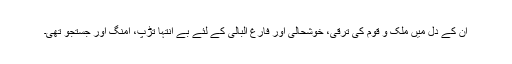
ان کے دل میں ملک و قوم کی ترقی، خوشحالی اور فارغ البالی کے لئے بے انتہا تڑپ، امنگ اور جستجو تھی۔